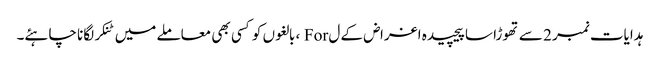
ہدایات نمبر 2 سے تھوڑا سا پیچیدہ اغراض کے ل For ، بالغوں کو کسی بھی معاملے میں ٹنکر لگانا چاہئے۔